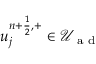
u _ { j } ^ { n + \frac { 1 } { 2 } , + } \in \mathcal { U } _ { \textrm { a d } }